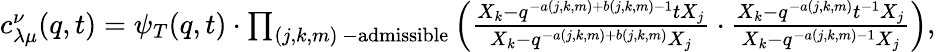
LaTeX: \begin{array}{r}{c_{\lambda\mu}^{\nu}(q,t)=\psi_{T}(q,t)\cdot\prod_{(j,k,m)\ -\mathrm{admissible}}\left(\frac{X_{k}-q^{-a(j,k,m)+b(j,k,m)-1}tX_{j}}{X_{k}-q^{-a(j,k,m)+b(j,k,m)}X_{j}}\cdot\frac{X_{k}-q^{-a(j,k,m)}t^{-1}X_{j}}{X_{k}-q^{-a(j,k,m)-1}X_{j}}\right),}\end{array}